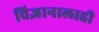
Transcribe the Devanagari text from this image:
विज्ञानालाही